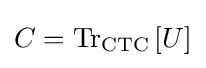
C={\text{Tr}}_{\text{CTC}}\left[U\right]